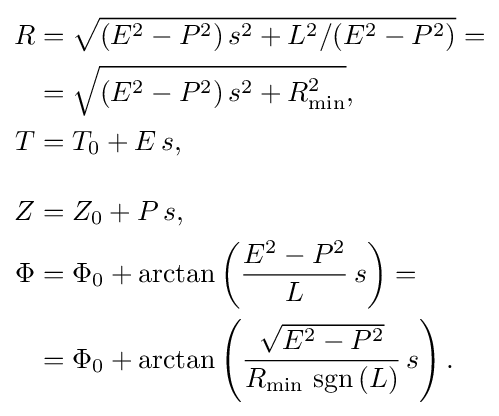
{\begin{aligned}R&={\sqrt {(E^{2}-P^{2})\,s^{2}+L^{2}/(E^{2}-P^{2})}}=\\&={\sqrt {(E^{2}-P^{2})\,s^{2}+R_{\mathrm {min} }^{2}}},\\T&=T_{0}+E\,s,\\[1em]Z&=Z_{0}+P\,s,\\\Phi &=\Phi _{0}+\operatorname {arctan} \left({\frac {E^{2}-P^{2}}{L}}\,s\right)=\\&=\Phi _{0}+\operatorname {arctan} \left({\frac {\sqrt {E^{2}-P^{2}}}{R_{\mathrm {min} }\,\operatorname {sgn} {(L)}}}\,s\right).\end{aligned}}